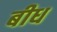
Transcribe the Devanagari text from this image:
बीध